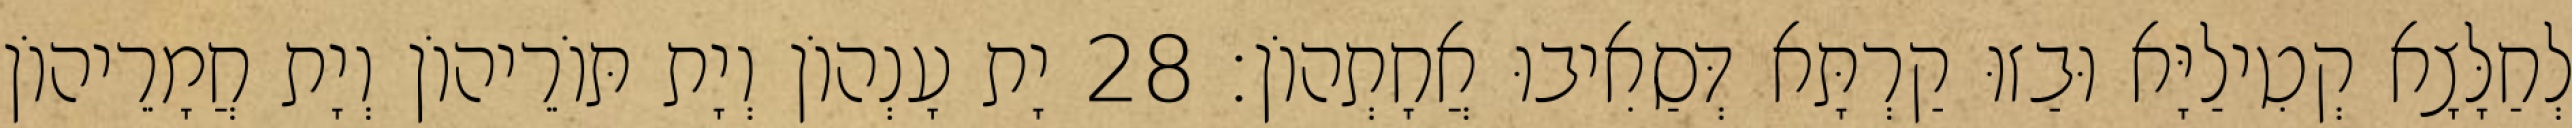
לְחַלָּצָא קְטִילַיָּא וּבַזוּ קַרְתָּא דְּסַאִיבוּ אֲחָתְהוֹן׃ 28 יָת עָנְהוֹן וְיָת תּוֹרֵיהוֹן וְיָת חֲמָרֵיהוֹן